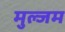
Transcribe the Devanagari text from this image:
मुल्जम